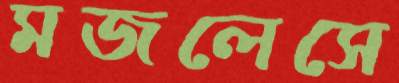
মজলেসে